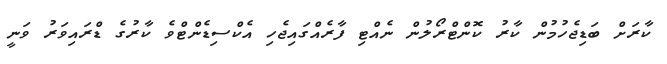
ކާރަށް ބަޑިޖެހުމުން ކާރު ކޮންޓްރޯލުން ނެއްޓި ފާރެއްގައިޖެހި އެކްސިޑެންޓްވެ ކާރުގެ ޑްރައިވަރު ވަނީ